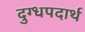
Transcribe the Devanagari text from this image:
दुग्धपदार्थ